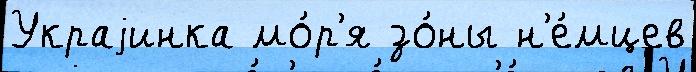
Украjинка мо́р'я зо́ны н'е́мцев